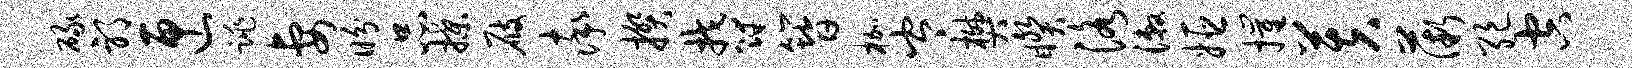
碌邪匣跳妻盼品揲屐率揆郁簪枷岑樊睽洛漱姬摧芙薇绝空